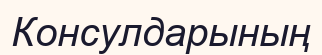
Консулдарының